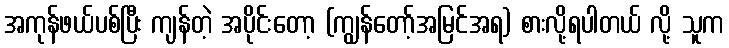
အကုန်ဖယ်ပစ်ပြီး ကျန်တဲ့ အပိုင်းတော့ (ကျွန်တော့်အမြင်အရ) စားလို့ရပါတယ် လို့ သူက